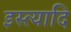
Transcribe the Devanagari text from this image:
इस्त्यादि